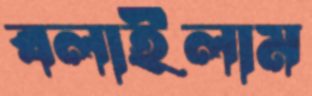
বলাইলাম